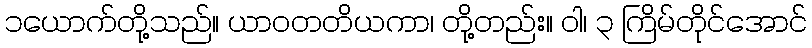
၁ယောက်တို့သည်။ ယာဝတတိယကာ၊ တို့တည်း။ ဝါ၊ ၃ ကြိမ်တိုင်အောင်